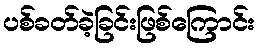
ပစ်ခတ်ခဲ့ခြင်းဖြစ်ကြောင်း